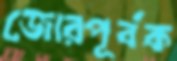
জোরপূর্বক